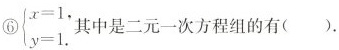
$$\left\{ \begin{matrix} x=1, \\ y=1.\end{matrix} \right.$$其中是二元一次方程组的有（）.